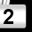
Digit: 2